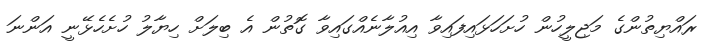
ރައްޔިތުންގެ މަޖިލީހުން ހުށަހަޅައިފައިވާ އިއުލާނެއްގައިވާ ގޮތުން އެ ބިލަށް ހިޔާލު ހުށެހެޅޭނީ އަންނަ